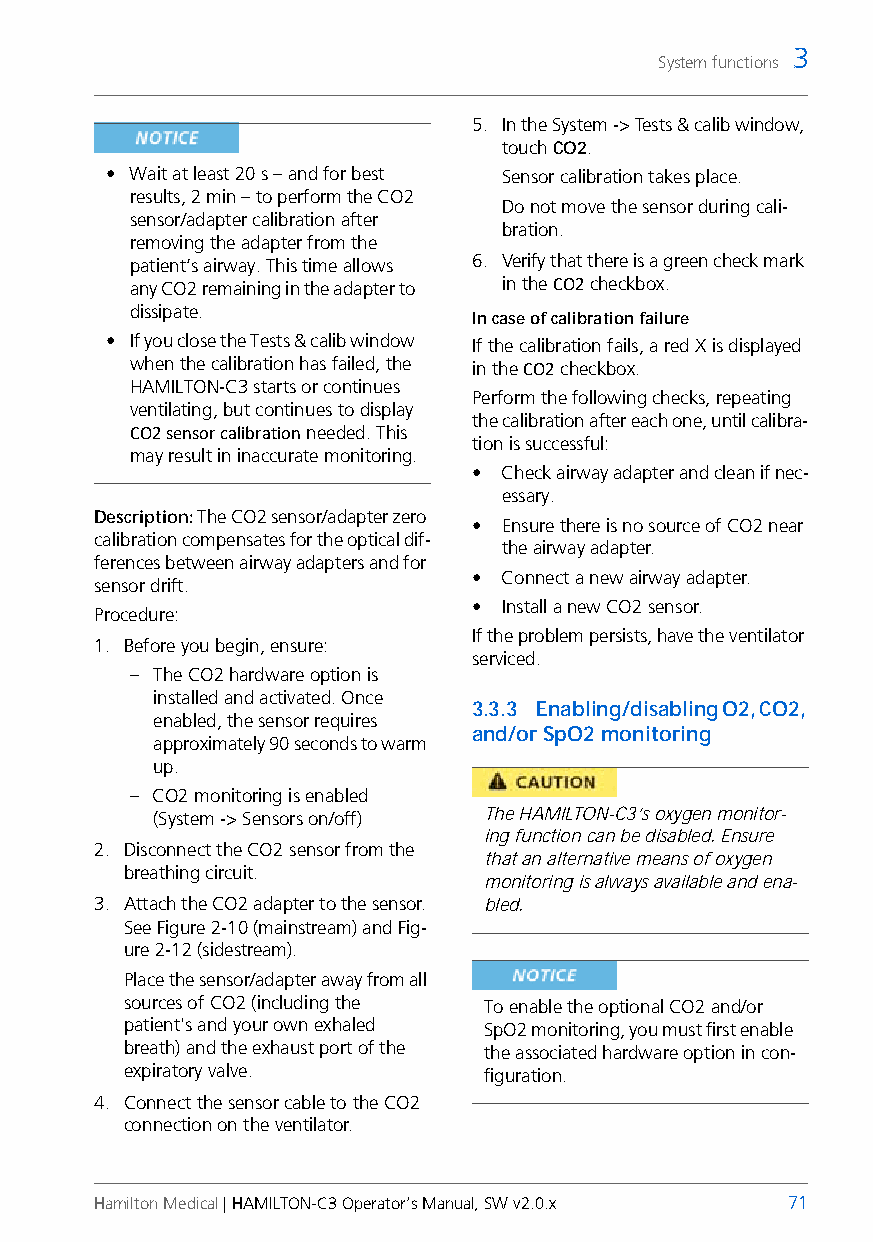
3
 System functions
 5. In the System -> Tests & calib window,
 touch CO2.
 • Wait at least 20 s – and for best Sensor calibration takes place.
 results, 2 min – to perform the CO2
 Do not move the sensor during cali-
 sensor/adapter calibration after
 bration.
 removing the adapter from the
 patient’s airway. This time allows 6. Verify that there is a green check mark
 any CO2 remaining in the adapter to in the CO2 checkbox.
 dissipate.
 In case of calibration failure
 • If you close the Tests & calib window If the calibration fails, a red X is displayed
 when the calibration has failed, the in the CO2 checkbox.
 HAMILTON-C3 starts or continues
 Perform the following checks, repeating
 ventilating, but continues to display
 the calibration after each one, until calibra-
 CO2 sensor calibration needed. This
 tion is successful:
 may result in inaccurate monitoring.
 • Check airway adapter and clean if nec-
 essary.
 Description: The CO2 sensor/adapter zero
 • Ensure there is no source of CO2 near
 calibration compensates for the optical dif-
 the airway adapter.
 ferences between airway adapters and for
 • Connect a new airway adapter.
 sensor drift.
 • Install a new CO2 sensor.
 Procedure:
 If the problem persists, have the ventilator
 1. Before you begin, ensure:
 serviced.
 – The CO2 hardware option is
 installed and activated. Once
 3.3.3 Enabling/disabling O2, CO2,
 enabled, the sensor requires
 and/or SpO2 monitoring
 approximately 90 seconds to warm
 up.
 – CO2 monitoring is enabled
 (System -> Sensors on/off) The HAMILTON-C3’s oxygen monitor-
 ing function can be disabled. Ensure
 2. Disconnect the CO2 sensor from the
 that an alternative means of oxygen
 breathing circuit.
 monitoring is always available and ena-
 3. Attach the CO2 adapter to the sensor. bled.
 See Figure 2-10 (mainstream) and Fig-
 ure 2-12 (sidestream).
 Place the sensor/adapter away from all
 sources of CO2 (including the To enable the optional CO2 and/or
 patient's and your own exhaled SpO2 monitoring, you must first enable
 breath) and the exhaust port of the the associated hardware option in con-
 expiratory valve.       figuration.
 4. Connect the sensor cable to the CO2
 connection on the ventilator.
 Hamilton Medical | HAMILTON-C3 Operator’s Manual, SW v2.0.x 71